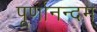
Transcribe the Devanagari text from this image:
पूर्णानन्दम्